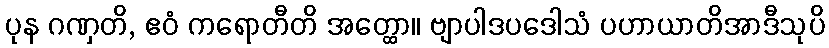
ပုန ဂဏှတိ, ဧဝံ ကရောတီတိ အတ္ထော။ ဗျာပါဒပဒေါသံ ပဟာယာတိအာဒီသုပိ